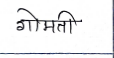
मजकूर: गोमती